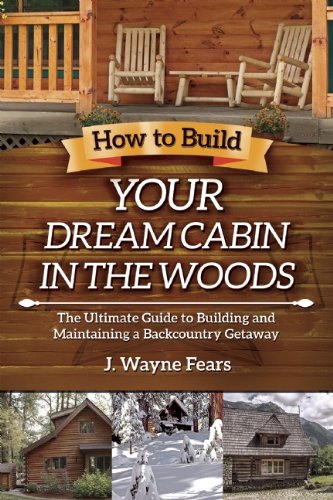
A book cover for How to Build Your Dream Cabin in the Woods: The Ultimate Guide to Building and Maintaining a Backcountry Getaway; J. Wayne Fears; Crafts, Hobbies & Home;